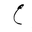
Letter: _ayn